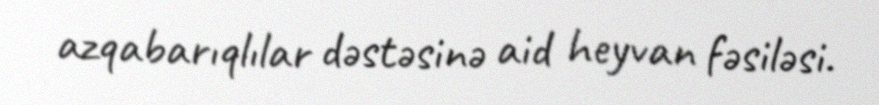
azqabarıqlılar dəstəsinə aid heyvan fəsiləsi.